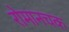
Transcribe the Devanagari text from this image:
रोमानचक